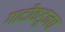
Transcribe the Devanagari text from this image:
गादीकडूनच